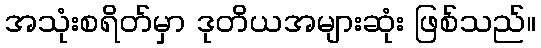
အသုံးစရိတ်မှာ ဒုတိယအများဆုံး ဖြစ်သည်။